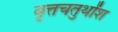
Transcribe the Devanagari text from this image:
वृत्तचतुर्थांश